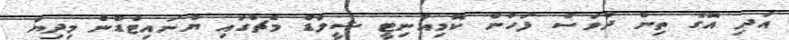
އަދި އޭގެ ތިން ދުވަސް ފަހުން ކޮމިއުނިޓީ ޝީލްޑް މެޗުގައި ޔުނައިޓެޑުން މިދިޔަ